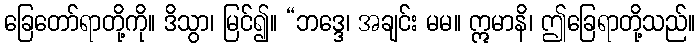
ခြေတော်ရာတို့ကို။ ဒိသွာ၊ မြင်၍။ “ဘဒ္ဒေ၊ အချင်း မမ။ ဣမာနိ၊ ဤခြေရာတို့သည်။